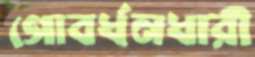
গোবর্ধনধারী